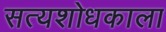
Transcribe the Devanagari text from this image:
सत्यशोधकाला